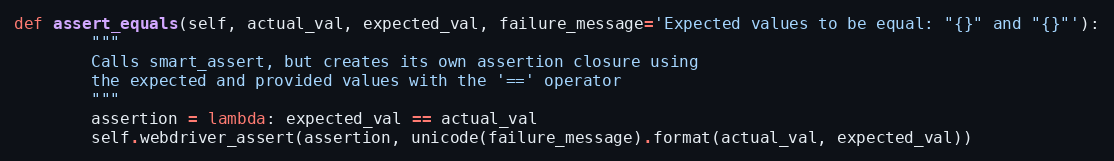
Language: Python
def assert_equals(self, actual_val, expected_val, failure_message='Expected values to be equal: "{}" and "{}"'):
        """
        Calls smart_assert, but creates its own assertion closure using
        the expected and provided values with the '==' operator
        """
        assertion = lambda: expected_val == actual_val
        self.webdriver_assert(assertion, unicode(failure_message).format(actual_val, expected_val))